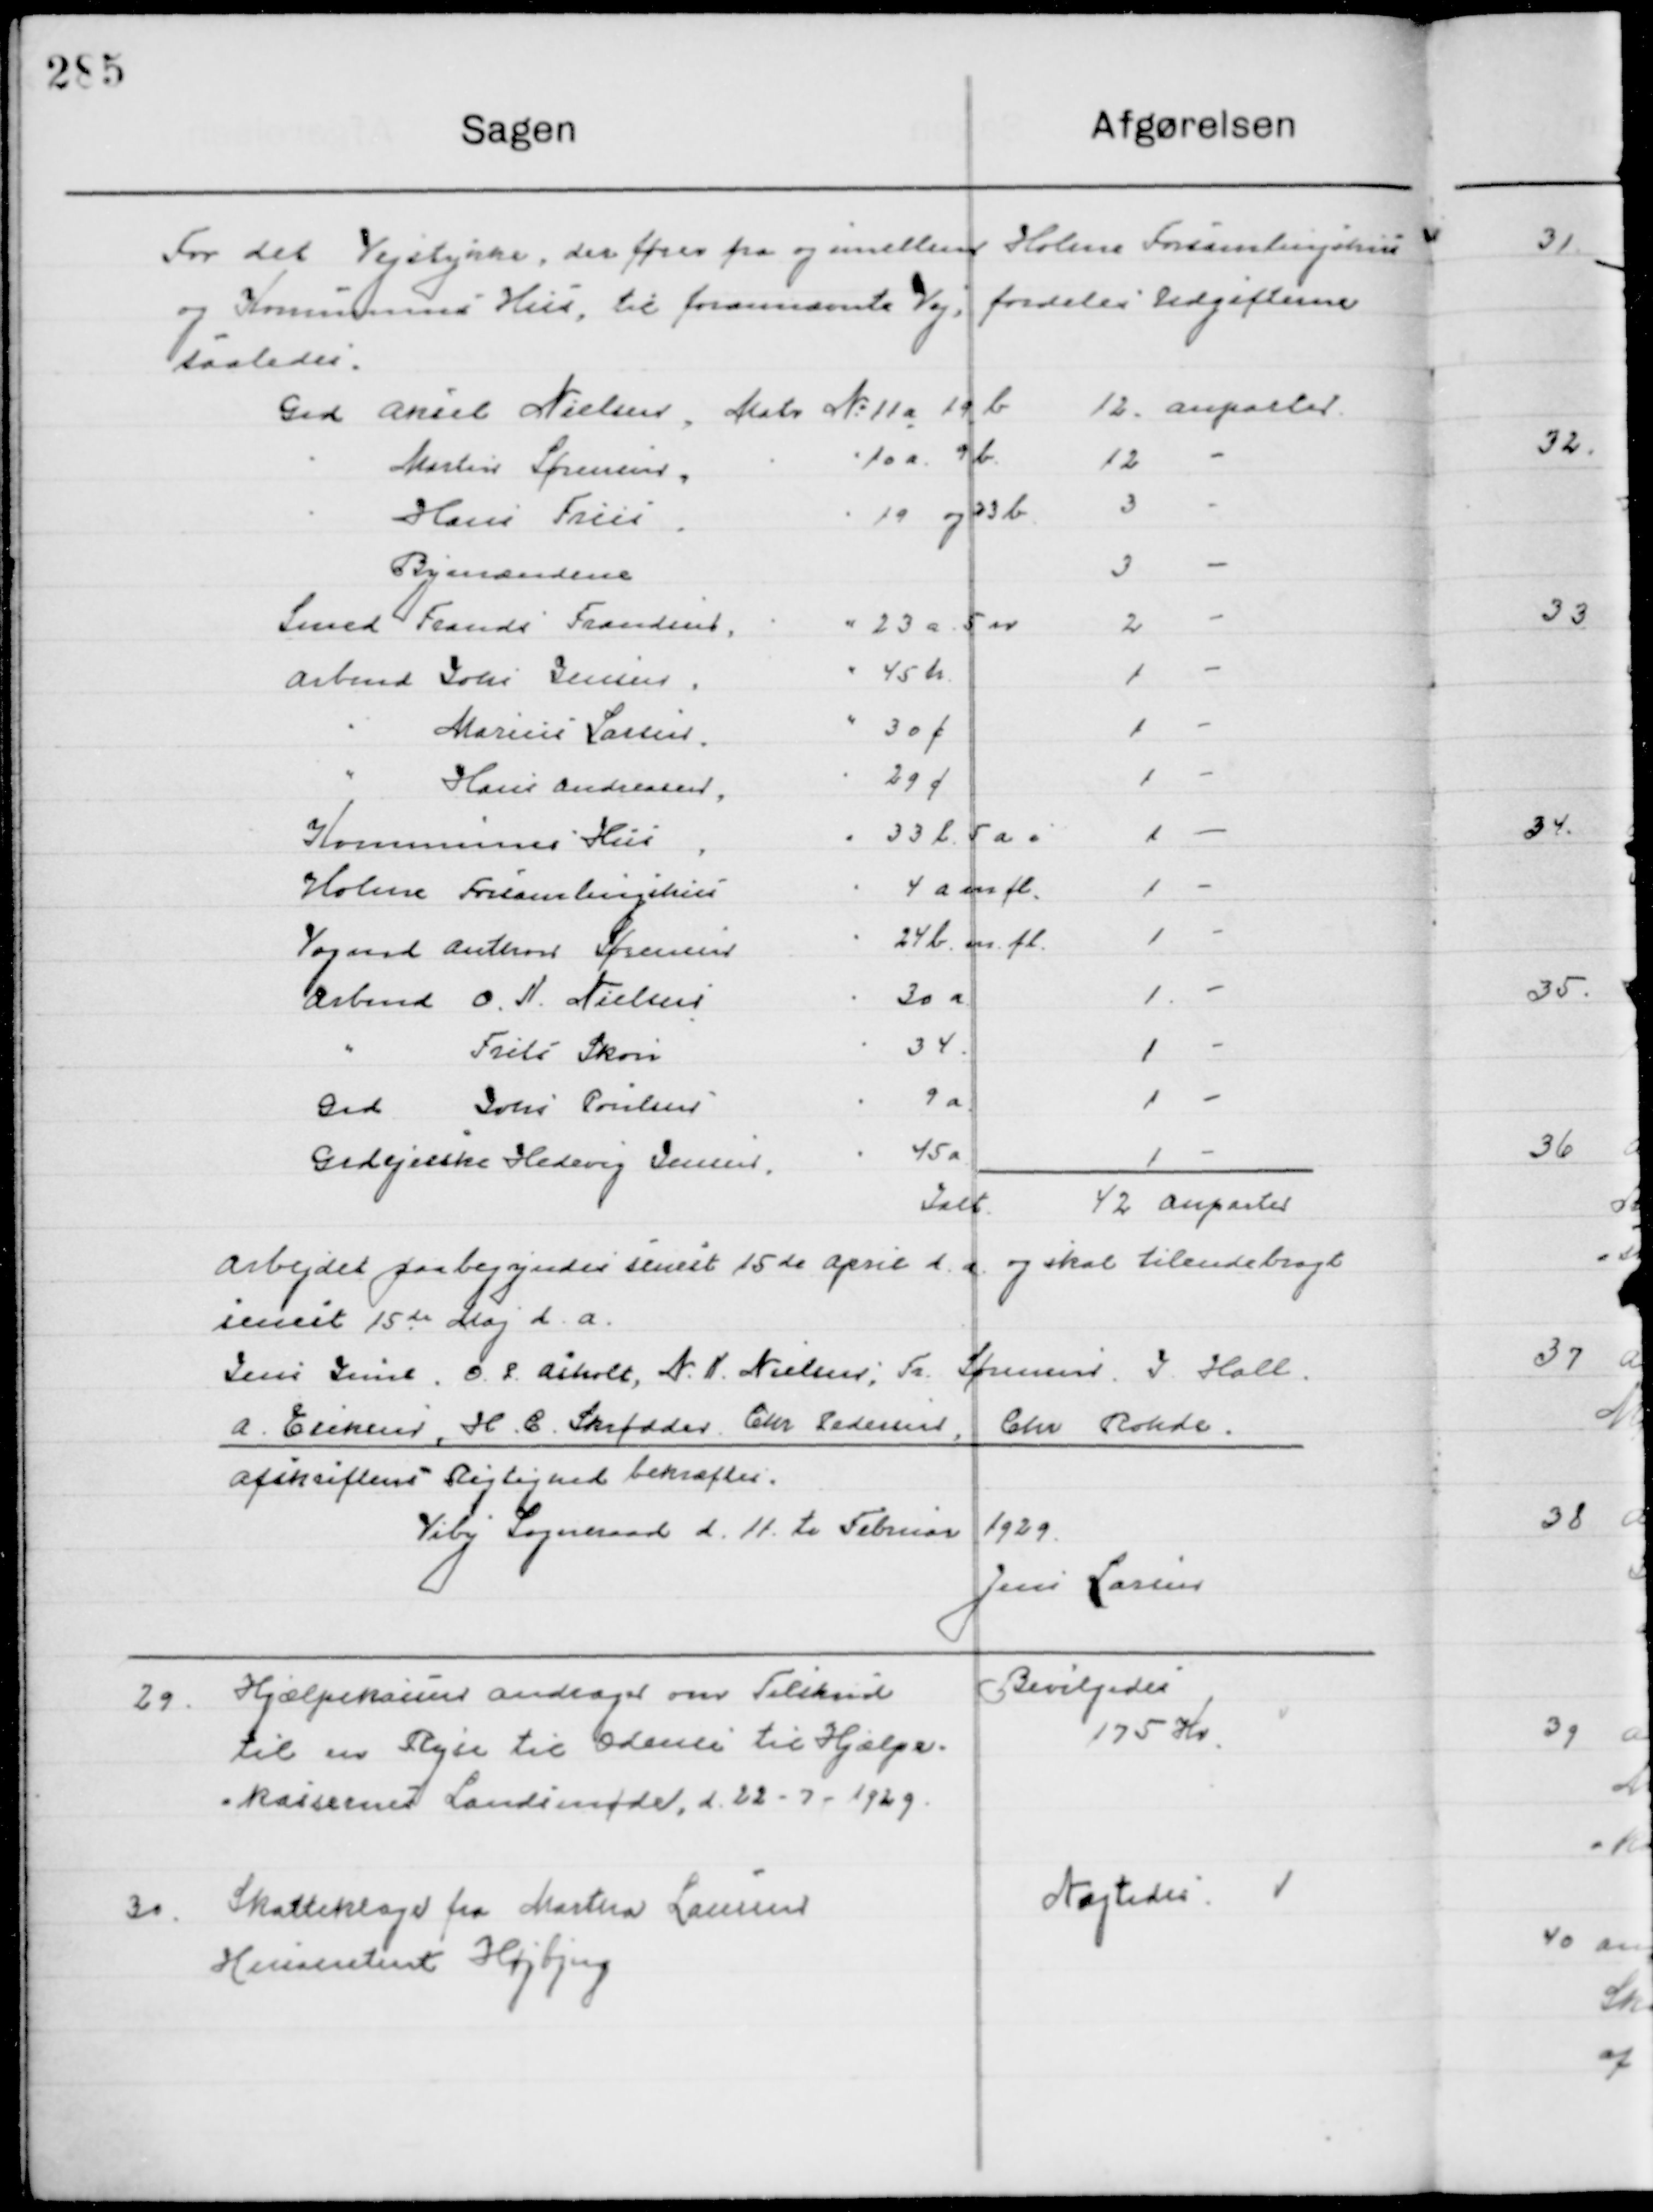
Transskription:
For det Vejstykke der føres fra og imellem Holme Forsamlingshus
og Kommunens Hus, til forannævnte Vej, fordeles Udgifterne
saaledes:

Arbejdet paabegyndes senest 15de April d. A. og skal tilendebragt
senest 15de Maj d. A. 
Jens Juut,  O. C. Asholt, N. N. Nielsen; Fa. Sørensen, J. Hall
A Eriksen, H. C. Skrødder, Chr. Pedersen, Chr. Rohde 
Afskriftens Rigtighed bekræftes
Viby Sogneraad d. 11de Februar 1929
Jens Larsen

29

Hjælpekassen andrager om Tilskud
til en Rejse til Odense til Hjælpe-
kassens Landsmøde, d. 22-7-1929.

Bevilgedes
175 Kr.

30

Skatteklage fra Maritha Laurus 
Husassistent Højbjerg

Nægtes